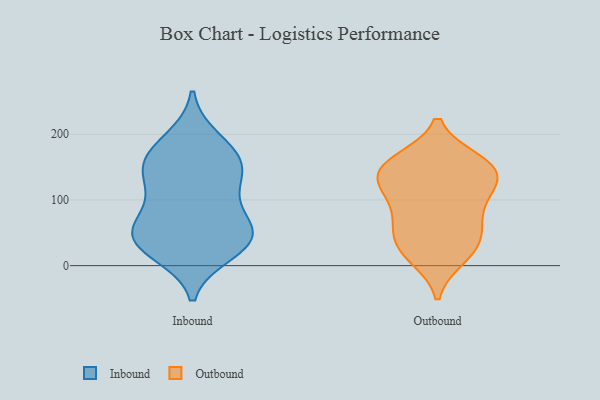
{"axis": {"x": "Humidity (%)", "y": "Value"}, "legend": ["Inbound", "Outbound"], "data": [{"x": "", "y": 21, "type": "Inbound"}, {"x": "", "y": 191, "type": "Inbound"}, {"x": "", "y": 100, "type": "Inbound"}, {"x": "", "y": 42, "type": "Inbound"}, {"x": "", "y": 45, "type": "Inbound"}, {"x": "", "y": 148, "type": "Inbound"}, {"x": "", "y": 153, "type": "Inbound"}, {"x": "", "y": 125, "type": "Inbound"}, {"x": "", "y": 75, "type": "Inbound"}, {"x": "", "y": 173, "type": "Inbound"}, {"x": "", "y": 39, "type": "Inbound"}, {"x": "", "y": 49, "type": "Inbound"}, {"x": "", "y": 154, "type": "Inbound"}, {"x": "", "y": 38, "type": "Inbound"}, {"x": "", "y": 156, "type": "Outbound"}, {"x": "", "y": 87, "type": "Outbound"}, {"x": "", "y": 46, "type": "Outbound"}, {"x": "", "y": 17, "type": "Outbound"}, {"x": "", "y": 118, "type": "Outbound"}, {"x": "", "y": 51, "type": "Outbound"}, {"x": "", "y": 148, "type": "Outbound"}, {"x": "", "y": 25, "type": "Outbound"}, {"x": "", "y": 12, "type": "Outbound"}, {"x": "", "y": 159, "type": "Outbound"}, {"x": "", "y": 160, "type": "Outbound"}, {"x": "", "y": 113, "type": "Outbound"}, {"x": "", "y": 144, "type": "Outbound"}, {"x": "", "y": 128, "type": "Outbound"}, {"x": "", "y": 131, "type": "Outbound"}, {"x": "", "y": 82, "type": "Outbound"}, {"x": "", "y": 57, "type": "Outbound"}]}